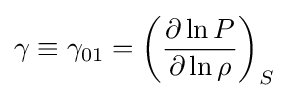
\gamma \equiv \gamma _{01}=\left({\frac {\partial \ln P}{\partial \ln \rho }}\right)_{S}